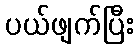
ပယ်ဖျက်ပြီး